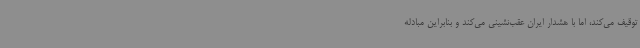
توقیف می‌کند، اما با هشدار ایران عقب‌نشینی می‌کند و بنابراین مبادله